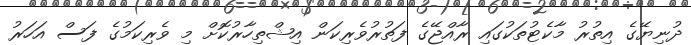
ދުނިޔޭގެ އިތުރު މާކެޓުތަކުގައި ރާއްޖޭގެ ފަތުރުވެރިކަން އިޝްތިހާރުކޮށް މި ވެރިކަމުގެ ފަސް އަހަރު